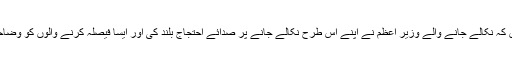
نئی بات یہ بھی نہیں کہ نکالے جانے والے وزیر اعظم نے اپنے اس طرح نکالے جانے پر صدائے احتجاج بلند کی اور ایسا فیصلہ کرنے والوں کو وضاحتوں پر مجبور کیا ۔